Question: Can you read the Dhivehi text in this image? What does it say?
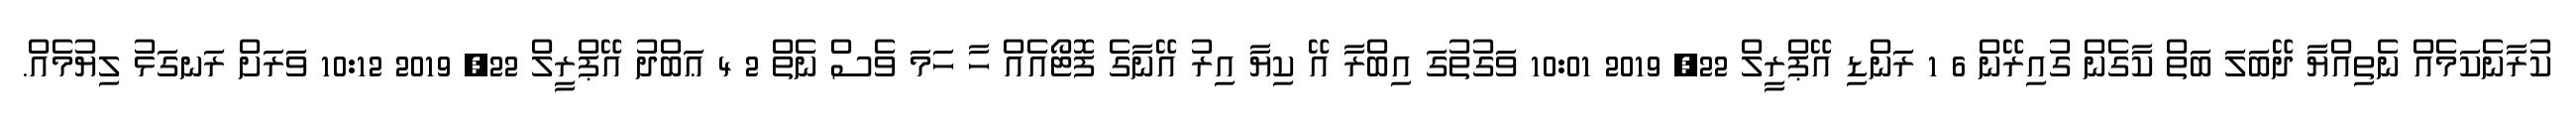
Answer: ކުރާނެކަމެއް ނެތިއްޔާ ދޭބަލަ ބަތް ކާގެން ގުއިރޭން 6 1 ރަންޑި އޭޕްރީލް 22, 2019 10:01 ވަގުތުގަ އިބްރާ އޭ ކިޔާ އިރު އޭނާގެ ފޮޓޯއެއް ހާ ހަމަ ވެސް ނެތް 2 4 ޢަބްދު އޭޕްރީލް 22, 2019 10:12 ވަރަށް ރަނގަޅު ލިޔުމެއް.